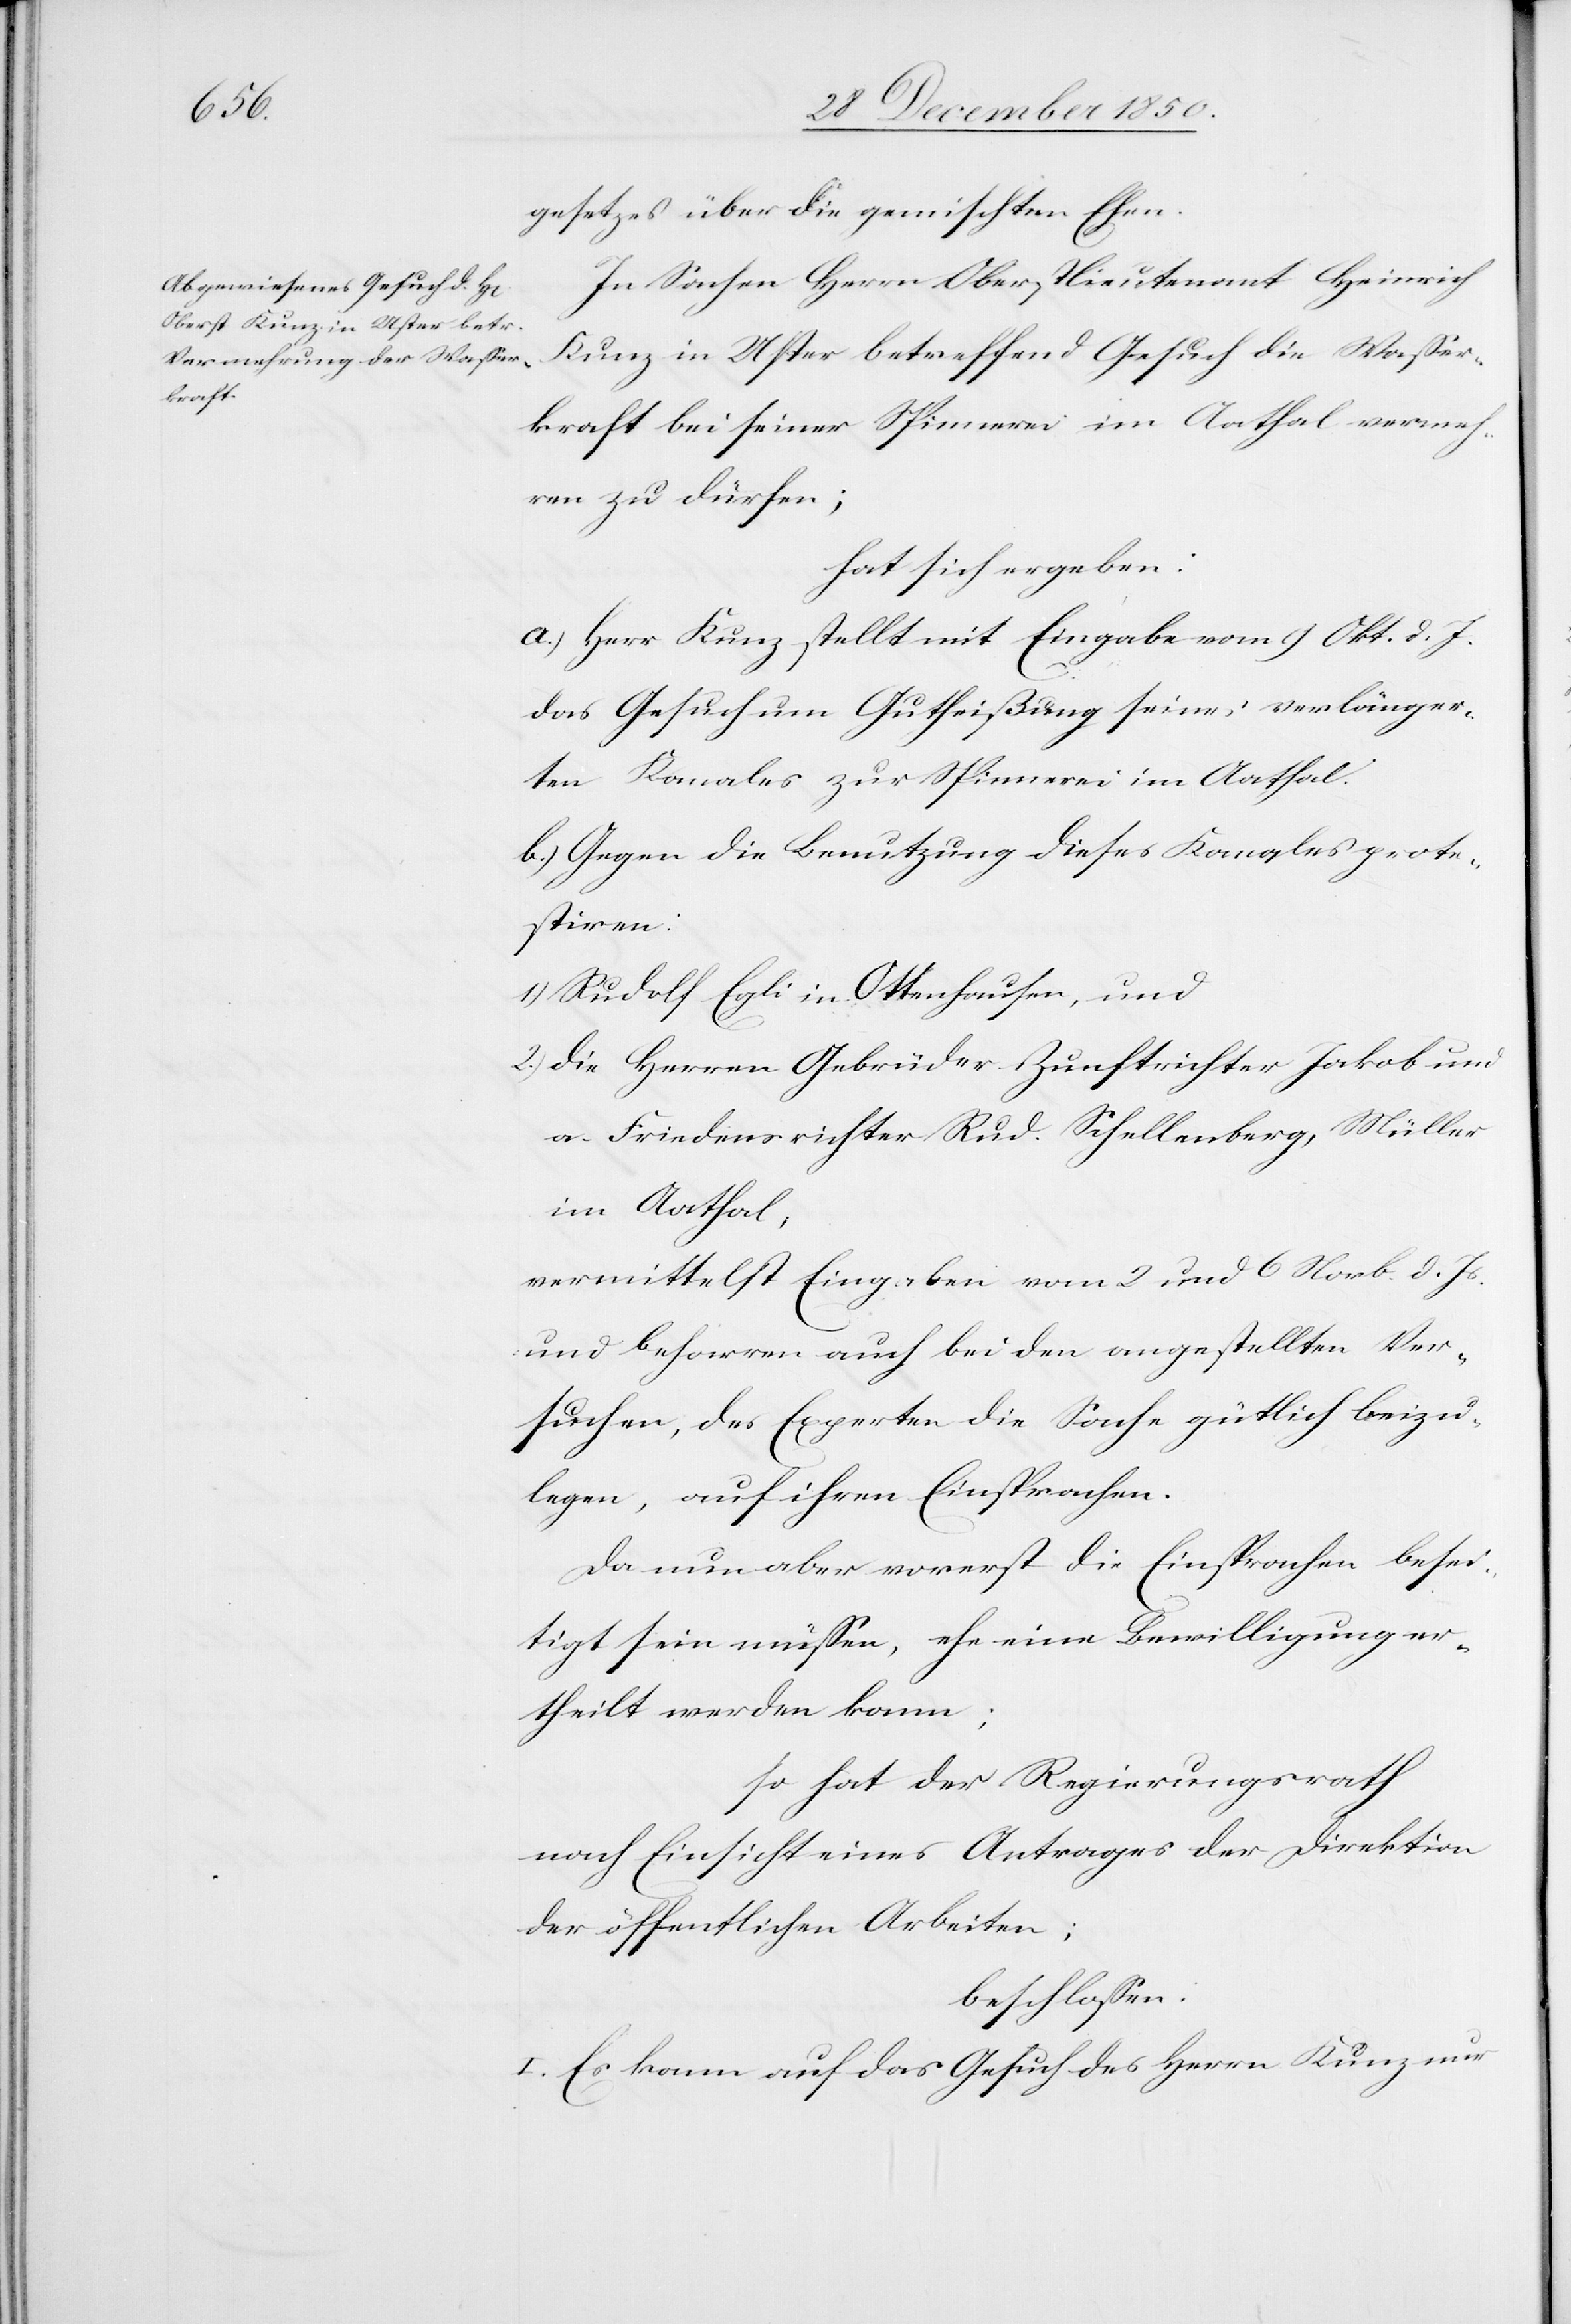
gesetzes über die gemischten Ehen.
In Sachen Herrn Oberstlieutenant Heinrich
Kunz in Uster betreffend Gesuch die Wasser¬
kraft bei seiner Spinnerei im Aathal vermeh¬
ren zu dürfen;
hat sich ergeben:
a.) Herr Kunz stellt mit Eingabe vom 9 Okt. d. J.
das Gesuch um Gutheißung seines verlänger¬
ten Kanales zur Spinnerei im Aathal.
b.) Gegen die Benutzung dieses Kanales prote¬
stiren:
1.) Rudolf Egli in Ottenhausen, und
2.) die Herren Gebrüder Zunftrichter Jakob und
a. Friedensrichter Rud. Schellenberg, Müller
im Aathal,
vermittelst Eingaben vom 2 und 6 Novb. d. Js.
und beharren auch bei den angestellten Ver¬
suchen, des Experten die Sache gütlich beizu¬
legen, auf ihren Einsprachen.
Da nun aber vorerst die Einsprachen besei¬
tigt sein müssen, ehe eine Bewilligung er¬
theilt werden kann;
so hat der Regierungsrath
nach Einsicht eines Antrages der Direktion
der öffentlichen Arbeiten;
beschlossen:
I. Es kann auf das Gesuch des Herrn Kunz nur